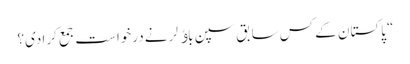
“ پاکستان کے کس سابق سپن باﺅلر نے درخواست جمع کرا دی؟